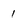
Character: 1